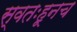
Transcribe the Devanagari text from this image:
स्वतःहूनच